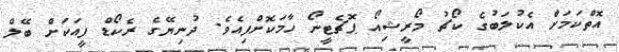
އޮތްކަމަށް އެކުލަބުގެ ކޯޗު މޯރީޝިއޯ ޕޮޗެޓީނޯ ހާމަކޮށްފިއެވެ. ދުނިޔޭގެ ރެކޯޑް ފީއަކަށް ބޭލް